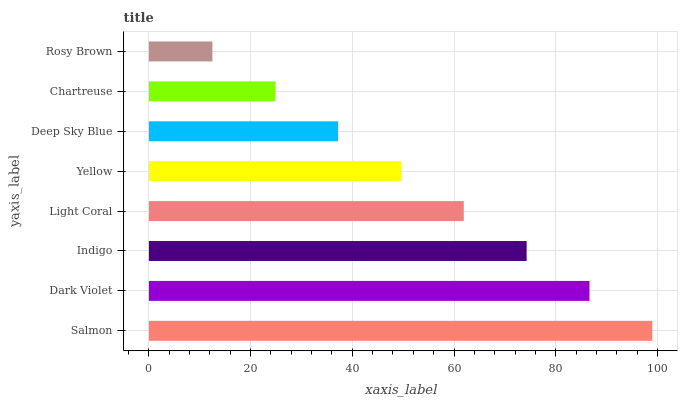
| yaxis_label | bars |
 | --- | --- |
 | Salmon | 99 |
 | Dark Violet | 86.6 |
 | Indigo | 74.3 |
 | Light Coral | 61.9 |
 | Yellow | 49.6 |
 | Deep Sky Blue | 37.2 |
 | Chartreuse | 24.8 |
 | Rosy Brown | 12.5 |